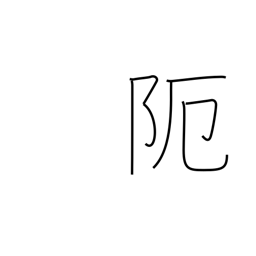
Meaning: narrow